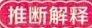
推断解释